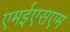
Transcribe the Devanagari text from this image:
एमईएसएम